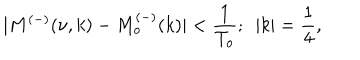
LaTeX: | M ^ { ( - ) } ( \nu , k ) - M _ { o } ^ { ( - ) } ( k ) | < \frac { 1 } { T _ { o } } ; ~ ~ | k | = \frac { 1 } { 4 } ,